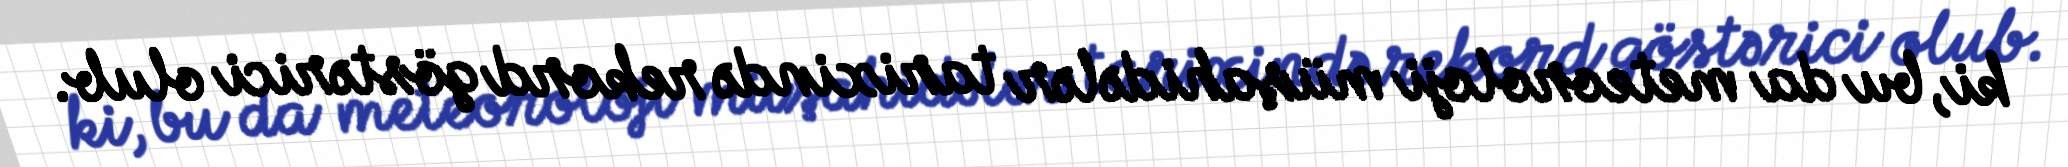
ki, bu da meteoroloji müşahidələr tarixində rekord göstərici olub.